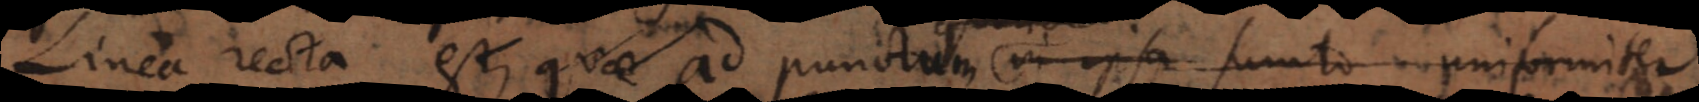
Linea recta est, quae ad punctum puncto quolibet